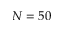
N = 5 0